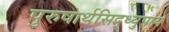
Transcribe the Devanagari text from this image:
पुरुषार्थसिद्ध्युपाय